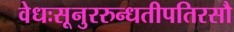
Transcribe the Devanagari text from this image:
वेधःसूनुररुन्धतीपतिरसौ